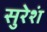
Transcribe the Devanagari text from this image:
सुरेशं